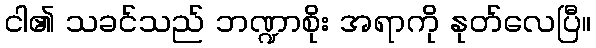
ငါ၏ သခင်သည် ဘဏ္ဍာစိုး အရာကို နုတ်လေပြီ။